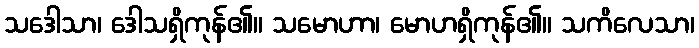
သဒေါသာ၊ ဒေါသရှိကုန်၏။ သမောဟာ၊ မောဟရှိကုန်၏။ သကိလေသာ၊